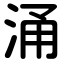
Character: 涌